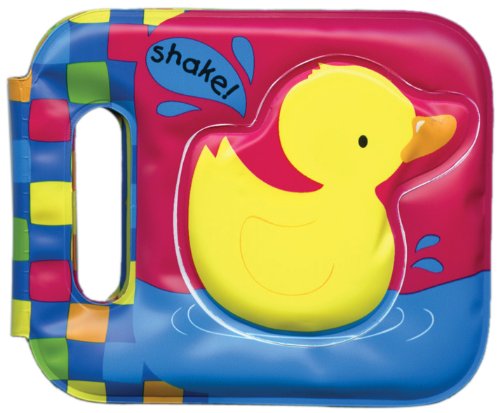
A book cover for Duck (Shake & Play Bath Books); Children's Books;